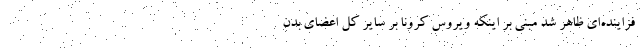
فزاینده‌ای ظاهر شد مبنی بر اینکه ویروس کرونا بر سایر کل اعضای بدن